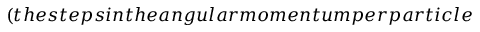
( t h e s t e p s i n t h e a n g u l a r m o m e n t u m p e r p a r t i c l e